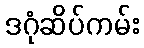
ဒဂုံဆိပ်ကမ်း